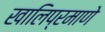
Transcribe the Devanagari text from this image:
खालिप्रमाणे